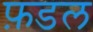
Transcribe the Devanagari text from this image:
फ़डल